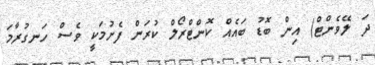
ދަ ލޭވެންޓް) އިން ބޮޑު ބައެއް ކޮންޓްރޯލް ކުރަން ފެށުމަކީ ވެސް ހަނގުރާމަ